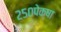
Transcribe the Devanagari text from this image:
२५०पेक्षा